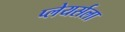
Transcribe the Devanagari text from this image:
प्लेयर्सला